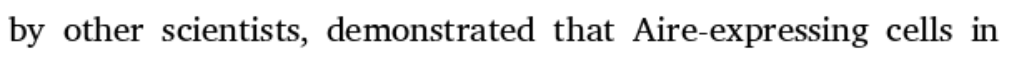
by other scientists, demonstrated that Aire-expressing cells in